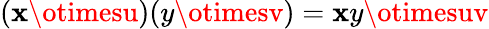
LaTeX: (\mathbf{x}\otimesu)(y\otimesv)=\mathbf{x}y\otimesuv